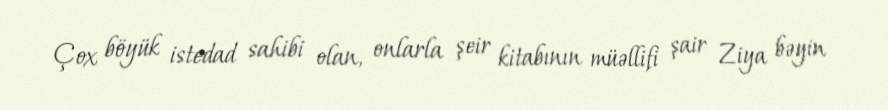
Çox böyük istedad sahibi olan, onlarla şeir kitabının müəllifi şair Ziya bəyin